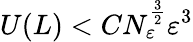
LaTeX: U(L)<CN_{\varepsilon}^{\frac{3}{2}}\varepsilon^{3}